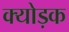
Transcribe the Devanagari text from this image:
क्योड़क